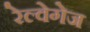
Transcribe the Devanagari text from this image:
रेल्वेगेज